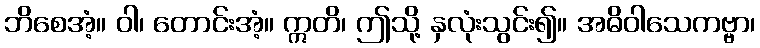
ဘိစေအံ့။ ဝါ၊ တောင်းအံ့။ ဣတိ၊ ဤသို့ နှလုံးသွင်း၍။ အဓိဝါသေကဗ္ဗာ၊